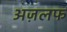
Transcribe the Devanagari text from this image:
अज़लफ